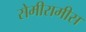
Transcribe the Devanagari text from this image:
सेमीरामीस